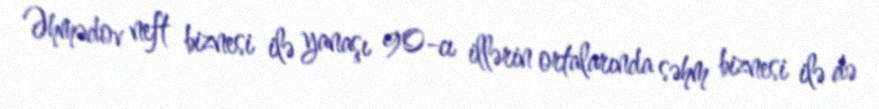
Əhmədov neft biznesi ilə yanaşı 90-cı illərin ortalarında səhm biznesi ilə də